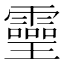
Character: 𤫊